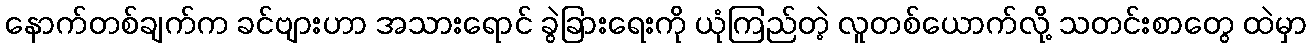
နောက်တစ်ချက်က ခင်ဗျားဟာ အသားရောင် ခွဲခြားရေးကို ယုံကြည်တဲ့ လူတစ်ယောက်လို့ သတင်းစာတွေ ထဲမှာ